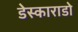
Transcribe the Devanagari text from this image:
डेस्काराडो